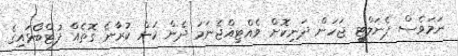
ނަމަވެސް ޕެނަލްޓީ ޖަހަން ދަނިކޮށް ވެއްޓިއްޖެނަމަ ދެން ކަން ކުރާނެ ގޮތެއް ފުޓްބޯޅައިގެ